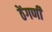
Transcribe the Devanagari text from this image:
ठेंगणी